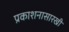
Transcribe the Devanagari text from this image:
प्रकाशनासारखी